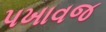
પખાવજ